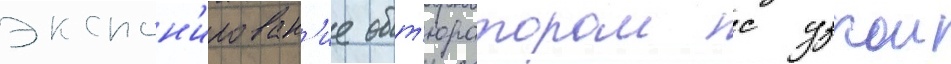
экспон'ирован'ие обт'юратором с узкои